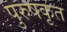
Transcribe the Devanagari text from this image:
पुरुषकृत